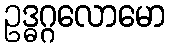
ဥဒ္ဓဂ္ဂလောမော